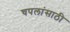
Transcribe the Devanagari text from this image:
चपलांसाठी